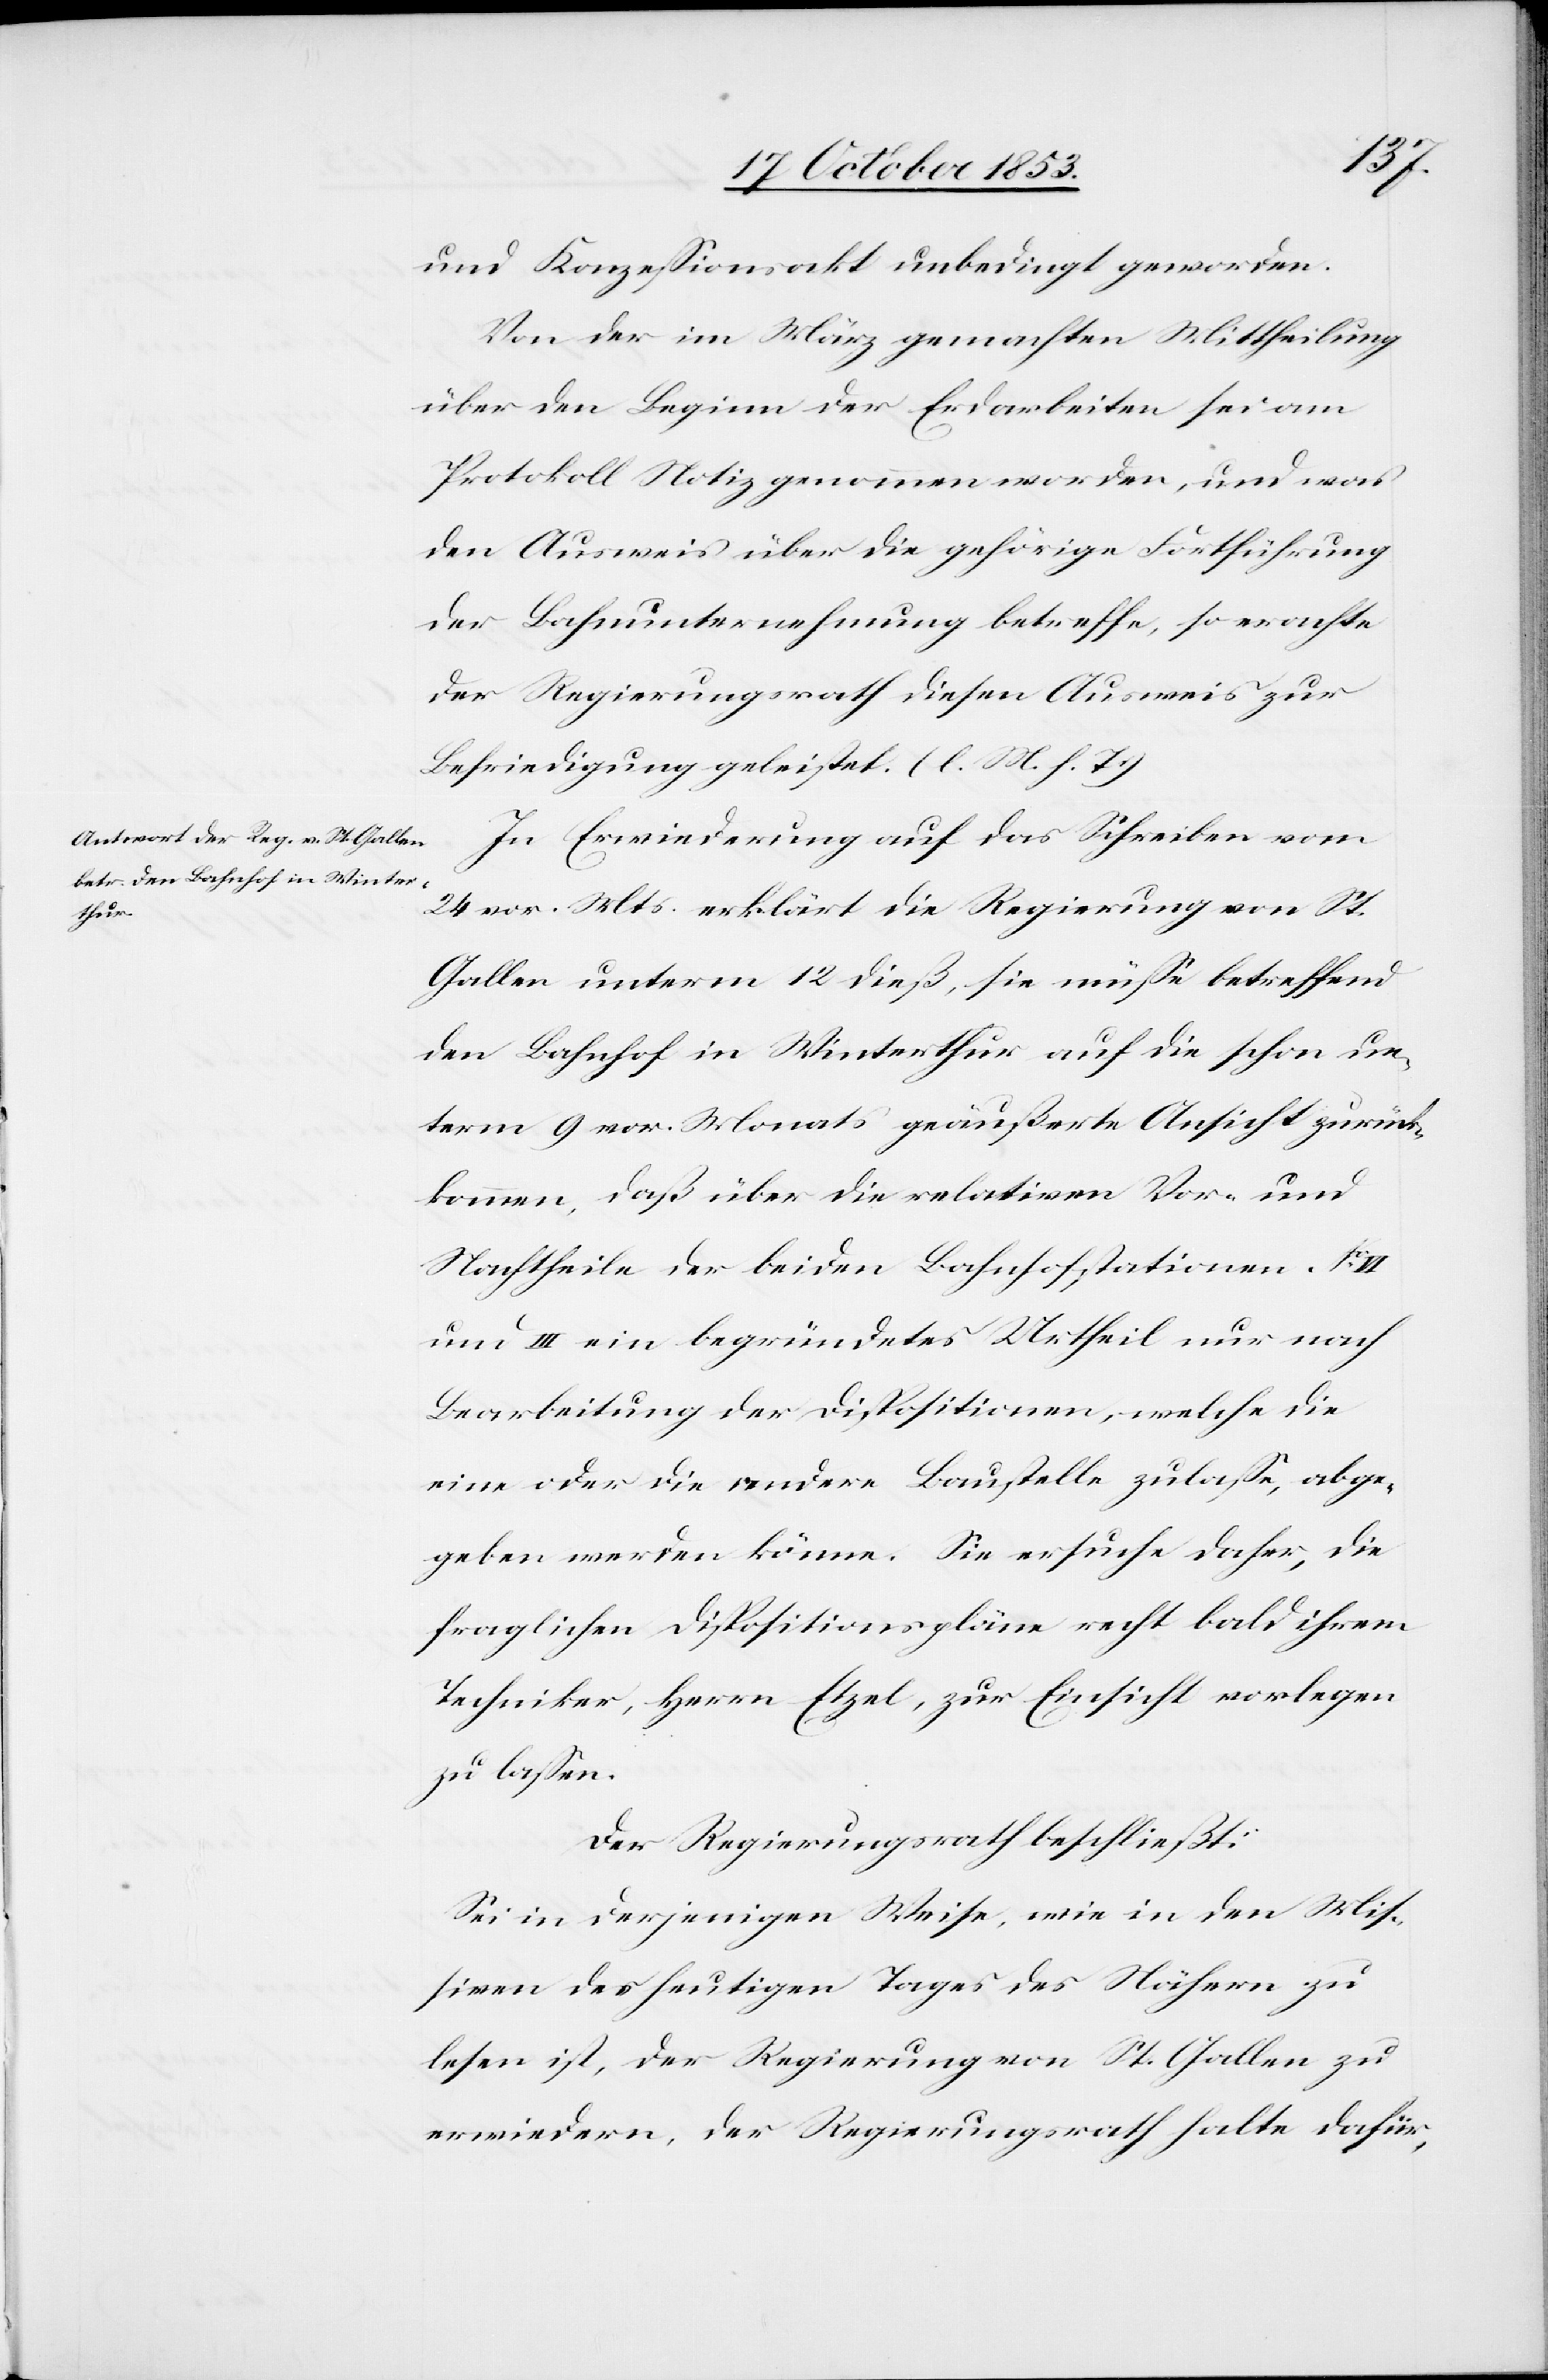
und Konzeßionsakt unbedingt geworden.
Von der im März gemachten Mittheilung
über den Beginn der Erdarbeiten sei am
Protokoll Notiz genommen worden, und was
den Ausweis über die gehörige Fortführung
der Bahnunternehmung betreffe, so erachte
der Regierungsrath diesen Ausweis zur
Befriedigung geleistet. [l. M. h. T]
In Erwiederung auf das Schreiben vom
24 vor. Mts. erklärt die Regierung von St.
Gallen unterm 12 dieß, sie müße betreffend
den Bahnhof in Winterthur auf die schon un¬
term 9 vor. Mts. geäußerte Ansicht zurück¬
kommen, daß über die relativen Vor- und
Nachtheile der beiden Bahnhofstationen N°
und III ein begründetes Urtheil nur nach
Bearbeitung der Dispositionen, welche die
eine oder die andere Baustelle zulaße, abg¬
eben werden könne. Sie ersuche daher, die
fraglichen Dispositionspläne recht bald ihrem
Techniker, Herrn Etzel, zur Einsicht vorlegen
zu laßen.
Der Regierungsrath beschließt:
Sei in derjenigen Weise, wie in den Miß¬
iven des heutigen Tages des Nähern zu
lesen ist, der Regierung von St. Gallen zu
erwiedern, der Regierungsrath halte dafür,